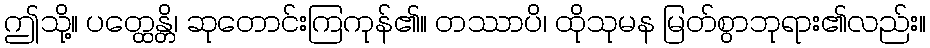
ဤသို့။ ပတ္ထေန္တိ၊ ဆုတောင်းကြကုန်၏။ တဿာပိ၊ ထိုသုမန မြတ်စွာဘုရား၏လည်း။